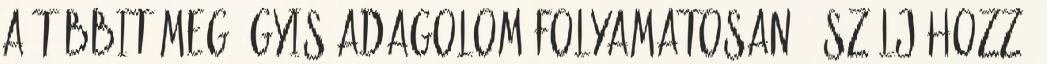
A többit meg úgyis adagolom folyamatosan : Szólj hozzá